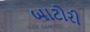
બાટોરી